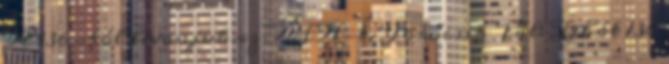
A 136-ból levonjuk az ÁFA-t. Törőcsik Pál: Tehát 136